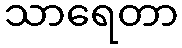
သာရေတာ